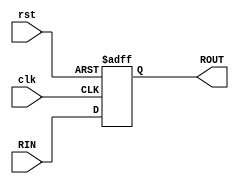
module pipo(RIN, clk,rst, ROUT);    
input [5:0] RIN;    

input clk,rst;    
output [5:0] ROUT;    
reg [5:0] ROUT;
always @(posedge clk or negedge rst) 
begin  
if(!rst)    
 begin       
 ROUT <= 6'b000000;     
 end  
 else     
 begin        
 ROUT <= RIN;      
 end   
 end
 endmodule